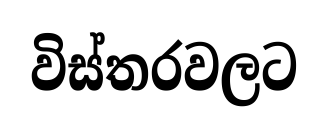
විස්තරවලට